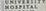
hospital